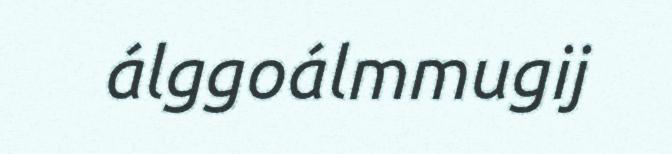
álggoálmmugij